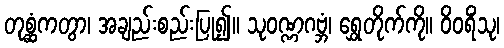
တုစ္ဆံကတွာ၊ အချည်းစည်းပြု၍။ သုဝဏ္ဏဂဗ္ဘံ၊ ရွှေတိုက်ကို။ ဝိဝရိံသု၊